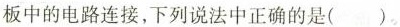
板中的电路连接，下列说法中正确的是()